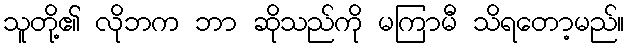
သူတို့၏ လိုဘက ဘာ ဆိုသည်ကို မကြာမီ သိရတော့မည်။